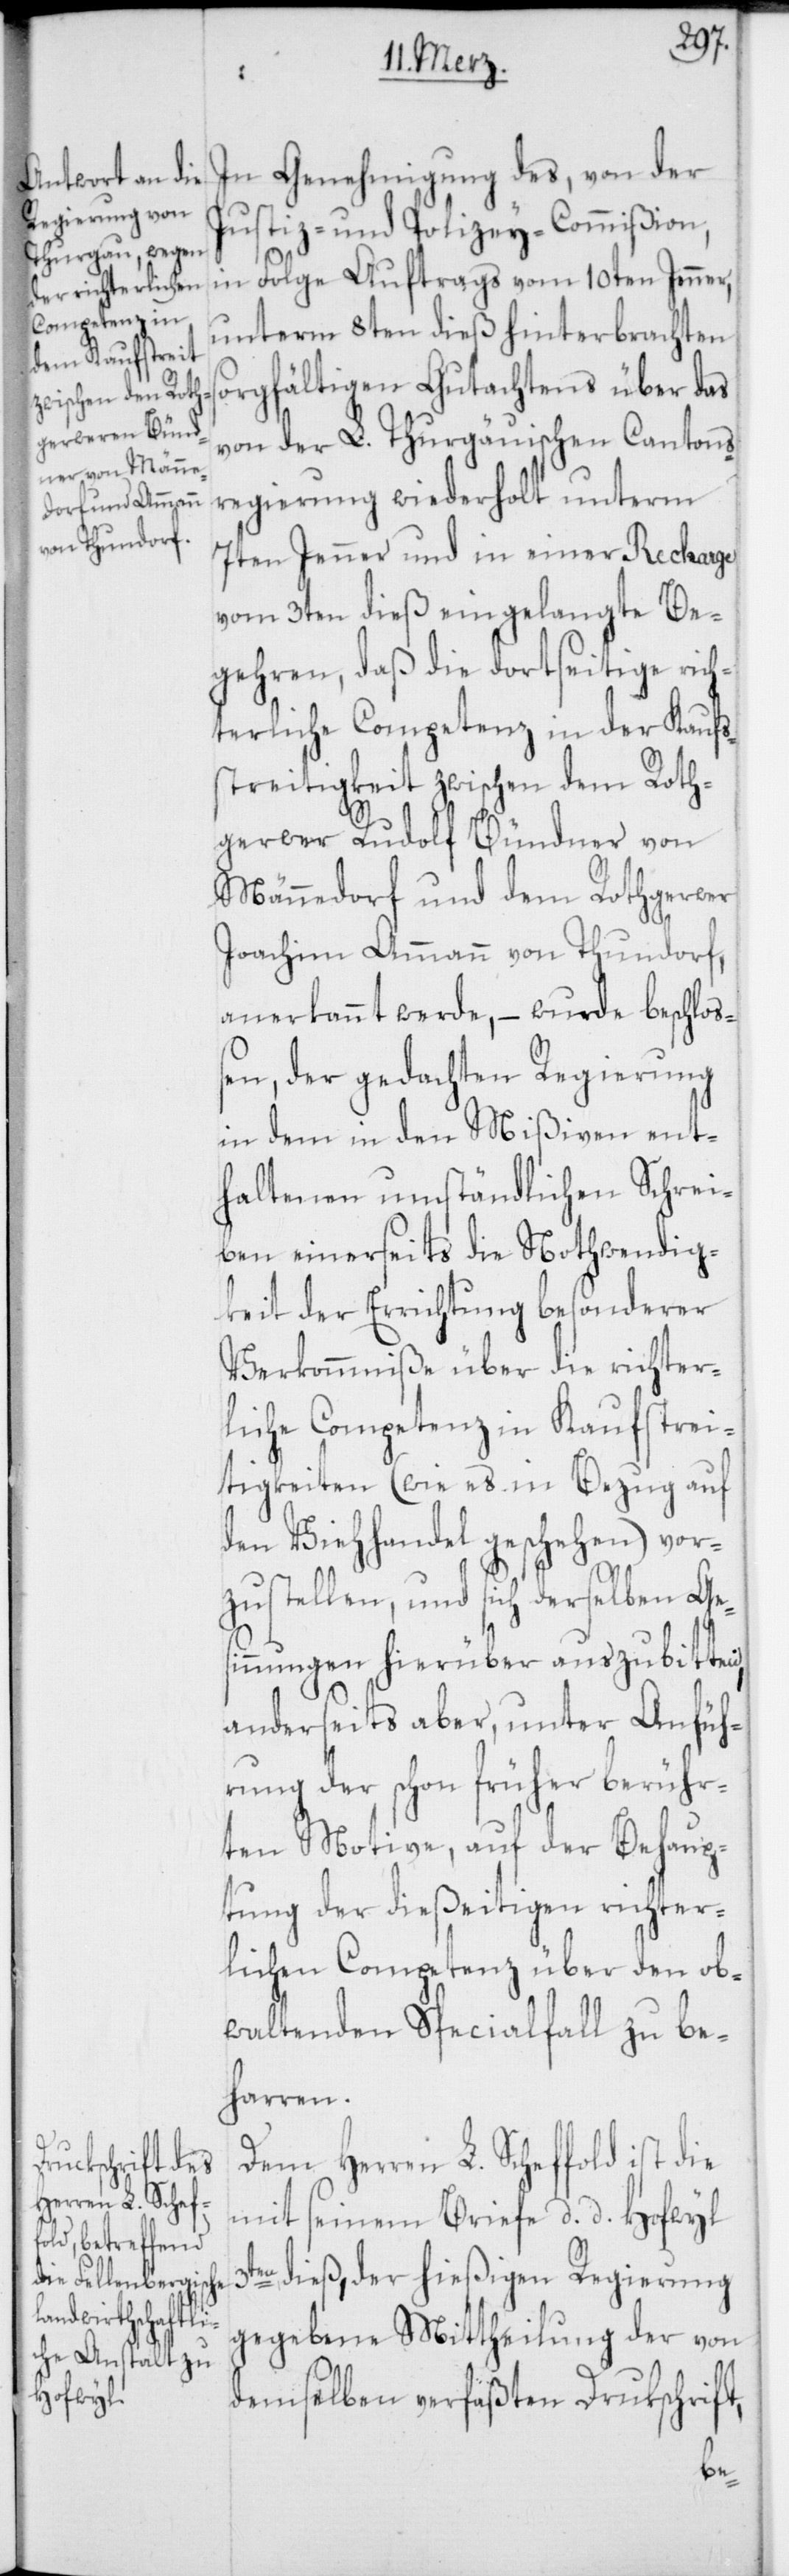
In Genehmigung des, von der
Justiz- und Polizey-Commißion,
in Folge Auftrags vom 10ten Jenner,
unterm 8ten dieß hinterbrachten
sorgfältigen Gutachtens über das
von der L. Thurgauischen Cantons¬
regierung wiederholt unterm
7ten Jenner und in einer Recharge
vom 3ten dieß eingelangte Be¬
gehren, daß die dortseitige rich¬
terliche Competenz in der Kaufs¬
streitigkeit zwischen dem Roth¬
gerwer Rudolf Bündner von
Männedorf und dem Rothgerwer
Joachim Ammann von Thundorf,
anerkannt werde, – wurde beschloß¬
en, der gedachten Regierung
in dem in den Mißiven ent¬
haltenen umständlichen Schrei¬
ben einerseits die Notwendig¬
keit der Errichtung besonderer
Verkommnisse über die richter¬
liche Competenz in Kaufstrei¬
tigkeiten (wie es in Bezug auf
den Viehhandel geschehen) vor¬
zustellen, und sich derselben Ges¬
innungen hierüber auszubitten,
anderseits aber, unter Anfüh¬
rung der schon früher berühr¬
ten Motive, auf der Behaup¬
tung der dießeitigen richter¬
lichen Competenz über den ob¬
waltenden Specialfall zu be¬
harren.
Dem Herren L. Scheffold ist die
mit seinem Briefe, d. d. Hofwyl
3ten dieß, der hießigen Regierung
gegebene Mittheilung der von
demselben verfaßten Druckschrift,